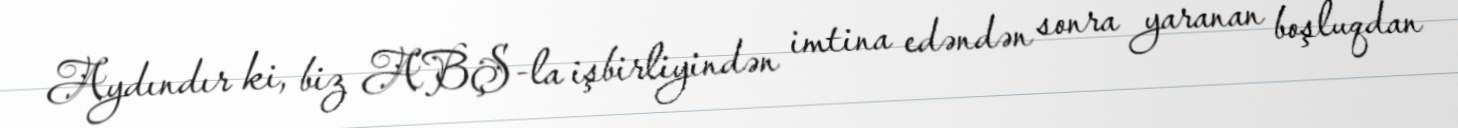
Aydındır ki, biz ABŞ-la işbirliyindən imtina edəndən sonra yaranan boşluqdan